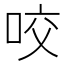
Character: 咬